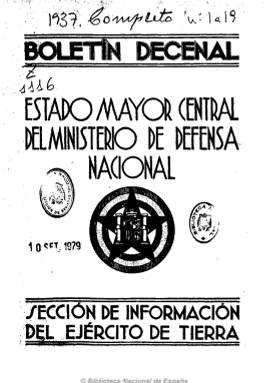
Título: Boletín decenal
Colección: Guerra civil
Ámbito geográfico: Madrid
Lugar de publicación: [S.l.]
Fechas: 10/06/1937-03/01/1939

Portavoz oficial del ejército de la República española editado por la Sección de Información del Ejército de Tierra del Estado Mayor Central. Aparece tras la circular del ministro de Defensa Nacional, Indalecio Prieto, dictada en Valencia, en la que se plantea la necesidad de disponer de una única voz autorizada del mando para informar sobre el desarrollo de las operaciones militares y de la situación del campo faccioso, así como de todos los sucesos que puedan influir en la lucha contra el fascismo, a la vez que se suspenden las diferentes publicaciones de carácter técnico-militar que venía editando el Estado Mayor.

Ofrece un resumen de la estrategia y las actividades terrestres, aéreas y navales del ejército de la República, así como otros artículos sobre cuestiones internacionales. Entre sus contenidos resaltan los referidos a la batalla del Ebro o a la política de no intervención. También incluye una revista de prensa, bibliografía y artículos de carácter técnico.

De difusión gratuita, estuvo dirigido a los comisarios y mandos militares. De periodicidad trimestral y entre 20 y 60 páginas por número.